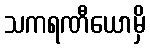
သကရဏီယောမှိ